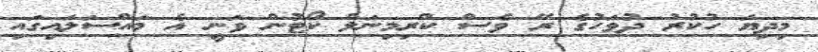
މިދިޔަ ހުކުރު ދުވަހުގެ ރޭ ވެސް ކްރިމިނަލް ކޯޓުން ވަނީ އެ މައްސަލައިގައި